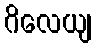
ဂိလေယျ